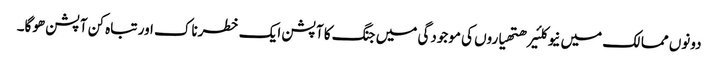
دونوں ممالک میں نیوکلئیر ھتھیاروں کی موجودگی میں جنگ کا آپشن ایک خطرناک اور تباہ کن آپشن ھوگا۔